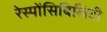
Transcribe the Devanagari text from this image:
रेस्पोंसिबिलिटी